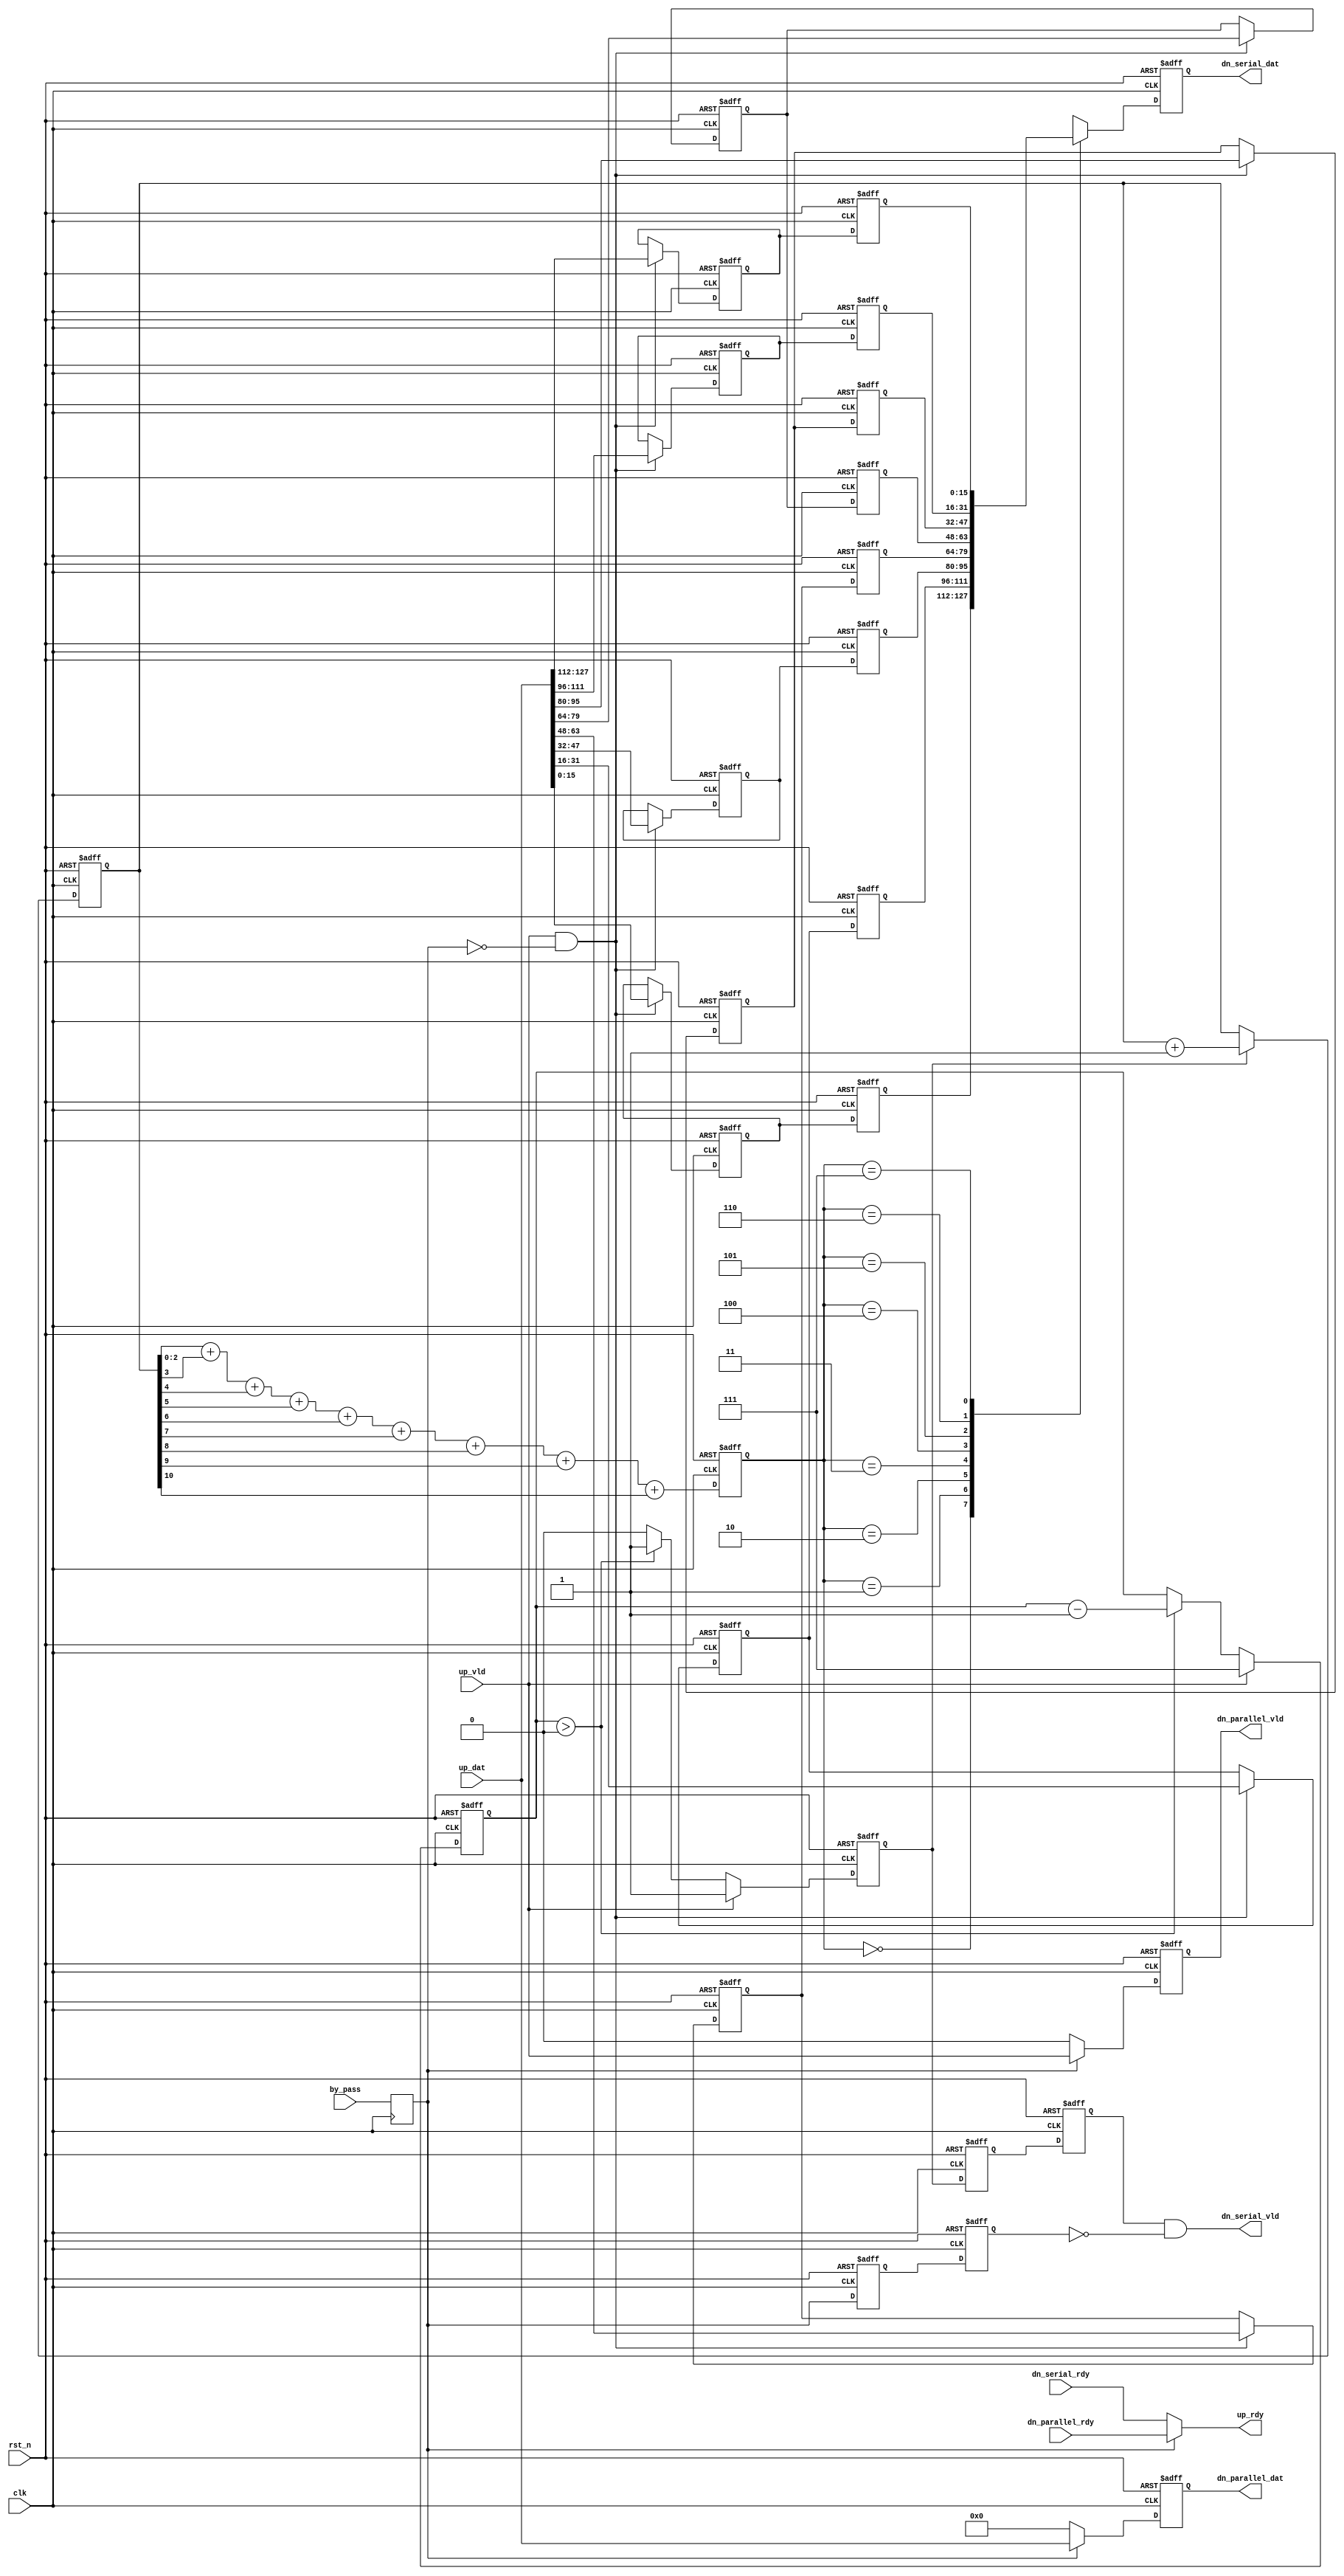
`timescale 1ns / 1ps
//////////////////////////////////////////////////////////////////////////////////
// Company: 
// Engineer: 
// 
// Design Name: 
// Module Name: butterfly_p2s
// Project Name: 
// Target Devices: 
// Tool Versions: 
// Description: 
// 
// Dependencies: 
// 
// Revision:
// Revision 0.01 - File Created
// Additional Comments:
// 
//////////////////////////////////////////////////////////////////////////////////


module butterfly_p2s_opt
# (
  // The data width of input data
  parameter data_width = 16,
  // The data width utilized for accumulated results
  parameter num_output = 8
)
(
  input  wire                        clk,
  input  wire                        rst_n,
  input  wire  [num_output*data_width-1:0]  up_dat,
  input  wire                        up_vld,
  input  wire                    by_pass,
  output wire                        up_rdy,
  output wire  [num_output*data_width-1:0]      dn_parallel_dat,
  output wire                        dn_parallel_vld,
  input wire                        dn_parallel_rdy,
  output wire  [data_width-1:0]      dn_serial_dat,
  output wire                        dn_serial_vld,
  input wire                        dn_serial_rdy
);

localparam num_out_bits = $clog2(num_output);

/////////////////////Timing//////////////////////////

reg                           by_pass_timing;
always @(posedge clk)
begin
    by_pass_timing <= by_pass;
end
/////////////////////Timing//////////////////////////

genvar i;

reg  [32-1:0]    indx_counter;
reg  [data_width-1:0]    up_dats_r[num_output-1:0];
reg                      dn_serial_vld_r;
reg  [$clog2(num_output)-1:0]    out_counter;

reg  [num_output*data_width-1:0]      dn_parallel_dat_r;
reg                        dn_parallel_vld_r;

always @(posedge clk or negedge rst_n)
if(!rst_n) begin
    dn_parallel_dat_r <= 0;
    dn_parallel_vld_r <= 0;
end
else if (by_pass_timing) begin
    dn_parallel_dat_r <= up_dat;
    dn_parallel_vld_r <= up_vld;
end
else begin
    dn_parallel_dat_r <= 0;
    dn_parallel_vld_r <= 0;
end

assign dn_parallel_dat = dn_parallel_dat_r;
assign dn_parallel_vld = dn_parallel_vld_r;

assign up_rdy = by_pass_timing? dn_parallel_rdy : dn_serial_rdy; // Need to improve to present backpressure

always @(posedge clk or negedge rst_n)
if(!rst_n) begin
    indx_counter <= 0;
end
else if (dn_serial_vld_r) begin
    indx_counter <= indx_counter + 1;
end
else begin
    indx_counter <= indx_counter;
end

always @(posedge clk or negedge rst_n)
if(!rst_n) begin
    dn_serial_vld_r <= 0;
    out_counter <= 0;
end
else if (up_vld) begin
    dn_serial_vld_r <= 1'b1;
    out_counter <= {$clog2(num_output){1'b1}};
end
else if (out_counter > 0) begin
    dn_serial_vld_r <= 1'b1;
    out_counter <= out_counter - 1;
end
else begin
    dn_serial_vld_r <= 1'b0;
end

///////////////////Timing///////////////////

reg       dn_serial_vld_r_timing[2-1:0];
reg       by_pass_r[2-1:0];

always @(posedge clk or negedge rst_n)
if(!rst_n) begin
    dn_serial_vld_r_timing[0] <= 0;
    dn_serial_vld_r_timing[1] <= 0;
    by_pass_r[0] <= 1'b0;
    by_pass_r[1] <= 1'b0;
end
else begin
    dn_serial_vld_r_timing[0] <= dn_serial_vld_r;
    dn_serial_vld_r_timing[1] <= dn_serial_vld_r_timing[0];
    by_pass_r[0] <= by_pass_timing;
    by_pass_r[1] <= by_pass_r[0]; // functional correctness
end


assign dn_serial_vld = dn_serial_vld_r_timing[1] & (!by_pass_r[1]);

reg [num_out_bits-1:0] shift_pos;
// wire [32-1:0] insert_pos;
// assign shift_pos = indx_counter[num_out_bits-1:0] + indx_counter[num_out_bits] + indx_counter[num_out_bits+1] + indx_counter[num_out_bits+2] 
//     + indx_counter[num_out_bits+3] + indx_counter[num_out_bits+4] + indx_counter[num_out_bits+5] + indx_counter[num_out_bits+6]+ indx_counter[num_out_bits+7]; // bitcount and mod opentation 
// assign insert_pos = indx_counter[num_out_bits-1:0] + indx_counter[2*num_out_bits-1:num_out_bits];

always @(posedge clk or negedge rst_n)
if(!rst_n) begin
    shift_pos <= 0;
end
else begin
    shift_pos <= indx_counter[num_out_bits-1:0] + indx_counter[num_out_bits] + indx_counter[num_out_bits+1] + indx_counter[num_out_bits+2] 
    + indx_counter[num_out_bits+3] + indx_counter[num_out_bits+4] + indx_counter[num_out_bits+5] + indx_counter[num_out_bits+6]+ indx_counter[num_out_bits+7];
end

generate
for(i=0 ; i<num_output ; i=i+1)
begin : GENERATE_SHIFT_REG
    always @(posedge clk or negedge rst_n)
    if(!rst_n) begin
        up_dats_r[i] <= 0;
    end
    else if (up_vld & (!by_pass_timing)) begin
        up_dats_r[i] <= up_dat[( data_width*i + data_width-1) : (data_width*i)];
    end
end

endgenerate

///////////////////Timing///////////////////
reg  [data_width-1:0]    up_dats_timing[num_output-1:0];

generate
for(i=0 ; i<num_output ; i=i+1)
begin : GENERATE_SHIFT_REG_TIMING
    always @(posedge clk or negedge rst_n)
    if(!rst_n) begin
        up_dats_timing[i] <= 0;
    end
    else begin
        up_dats_timing[i] <= up_dats_r[i];
    end
end
endgenerate


reg  [data_width-1:0]      dn_serial_dat_r;
always @(posedge clk or negedge rst_n)
if(!rst_n) begin
    dn_serial_dat_r <= 0;
end
else begin
    dn_serial_dat_r <= up_dats_timing[shift_pos];
end

// assign dn_serial_dat = up_dats_r[shift_pos];
assign dn_serial_dat = dn_serial_dat_r;
endmodule